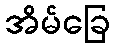
အိမ်ခြေ